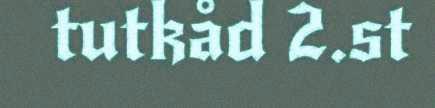
tutkåd 2.st